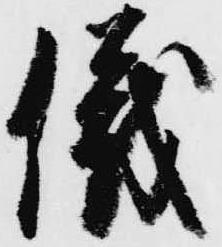
儀